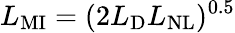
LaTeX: L_{\mathrm{MI}}=(2L_{\mathrm{D}}L_{\mathrm{NL}})^{0.5}